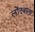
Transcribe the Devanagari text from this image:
लोंदवाला